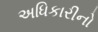
અધિકારીનો